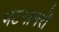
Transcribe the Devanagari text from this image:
भटनागरों